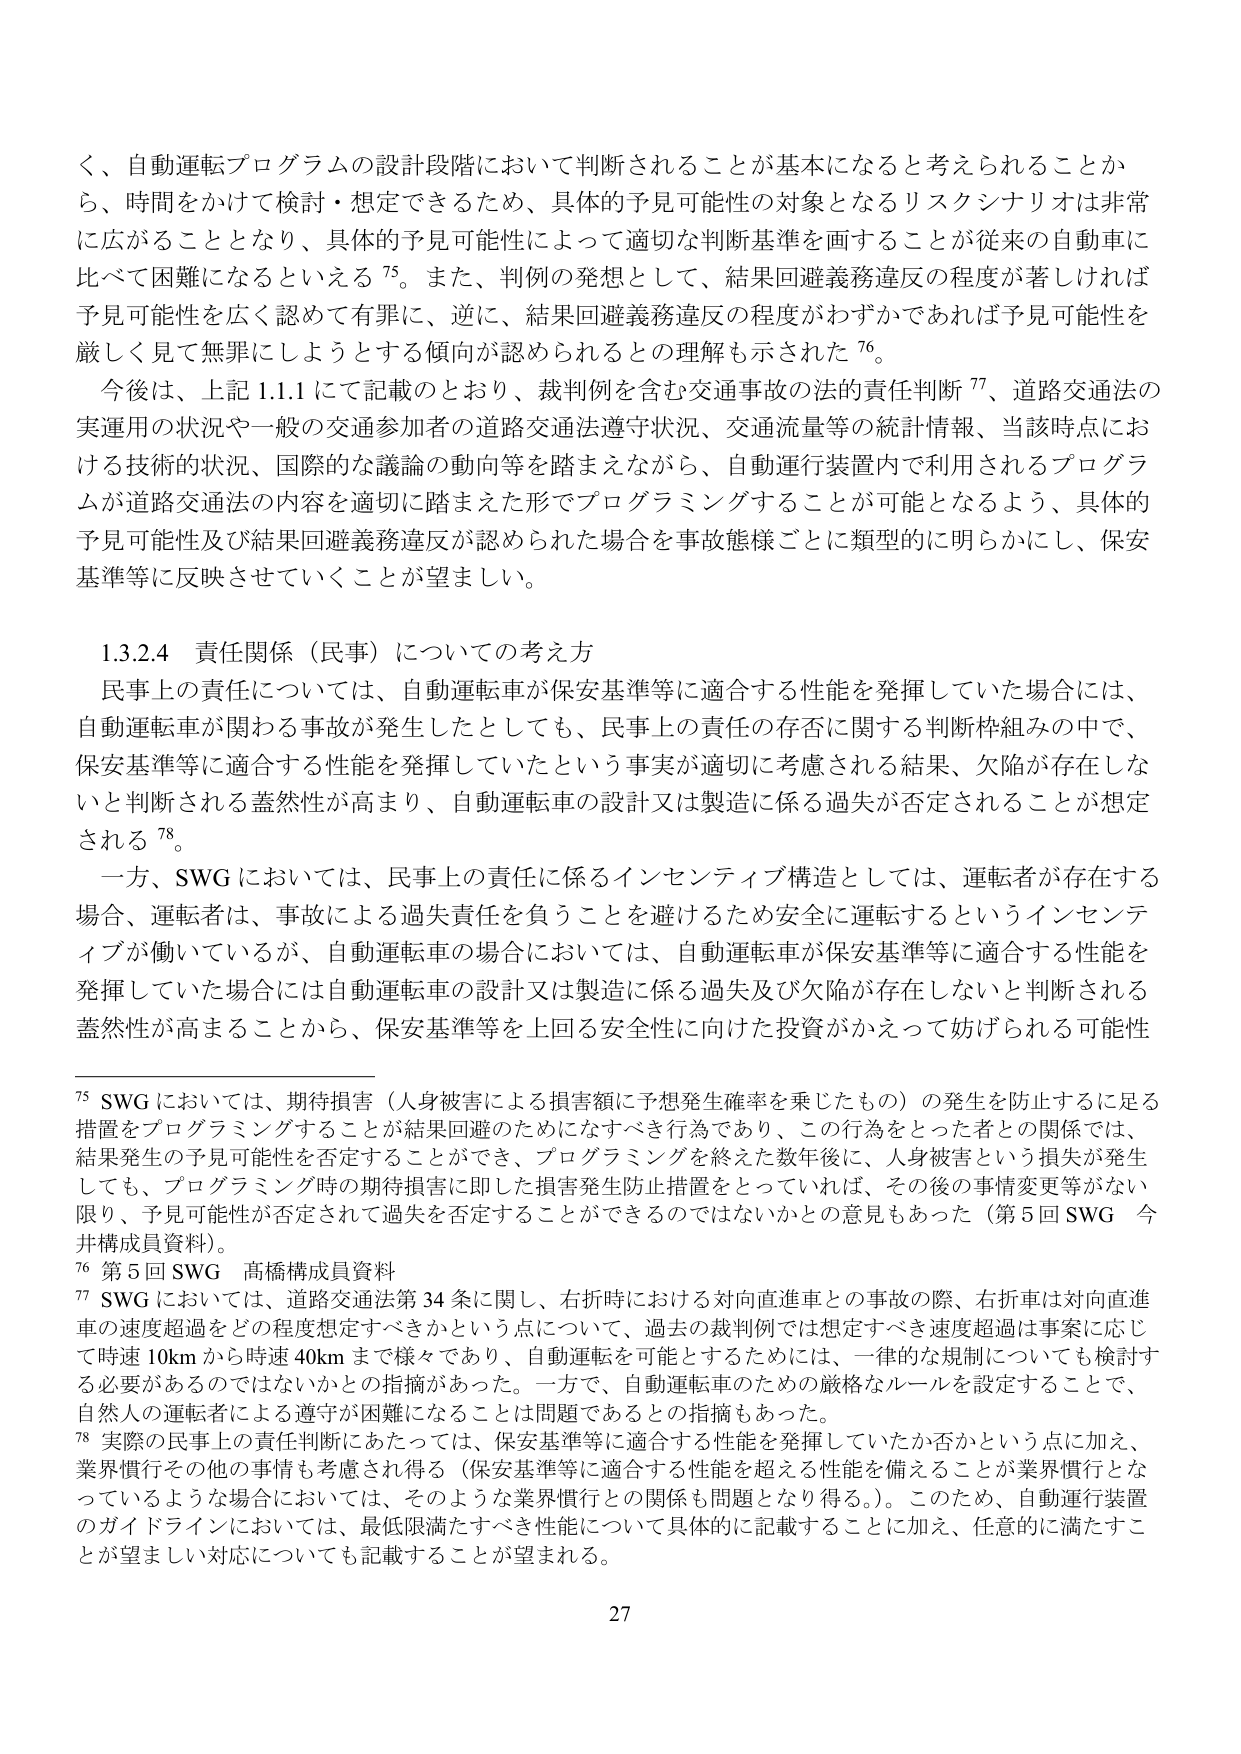
く、自動運転プログラムの設計段階において判断されることが基本になると考えられることか
ら、時間をかけて検討・想定できるため、具体的予見可能性の対象となるリスクシナリオは非常
に広がることとなり、具体的予見可能性によって適切な判断基準を画することが従来の自動車に
比べて困難になるといえる 75。また、判例の発想として、結果回避義務違反の程度が著しければ
予見可能性を広く認めて有罪に、逆に、結果回避義務違反の程度がわずかであれば予見可能性を
厳しく見て無罪にしようとする傾向が認められるとの理解も示された 76。
今後は、上記 1.1.1 にて記載のとおり、裁判例を含む交通事故の法的責任判断 77、道路交通法の
実運用の状況や一般の交通参加者の道路交通法遵守状況、交通流量等の統計情報、当該時点にお
ける技術的状況、国際的な議論の動向等を踏まえながら、自動運行装置内で利用されるプログラ
ムが道路交通法の内容を適切に踏まえた形でプログラミングすることが可能となるよう、具体的
予見可能性及び結果回避義務違反が認められた場合を事故態様ごとに類型的に明らかにし、保安
基準等に反映させていくことが望ましい。

1.3.2.4 責任関係（民事）についての考え方
民事上の責任については、自動運転車が保安基準等に適合する性能を発揮していた場合には、
自動運転車が関わる事故が発生したとしても、民事上の責任の存否に関する判断枠組みの中で、
保安基準等に適合する性能を発揮していたという事実が適切に考慮される結果、欠陥が存在しな
いと判断される蓋然性が高まり、自動運転車の設計又は製造に係る過失が否定されることが想定
される 78。
一方、SWG においては、民事上の責任に係るインセンティブ構造としては、運転者が存在する
場合、運転者は、事故による過失責任を負うことを避けるため安全に運転するというインセンテ
ィブが働いているが、自動運転車の場合においては、自動運転車が保安基準等に適合する性能を
発揮していた場合には自動運転車の設計又は製造に係る過失及び欠陥が存在しないと判断される
蓋然性が高まることから、保安基準等を上回る安全性に向けた投資がかえって妨げられる可能性

75 SWG においては、期待損害（人身被害による損害額に予想発生確率を乗じたもの）の発生を防止するに足る
措置をプログラミングすることが結果回避のためになすべき行為であり、この行為をとった者との関係では、
結果発生の予見可能性を否定することができ、プログラミングを終えた数年後に、人身被害という損失が発生
しても、プログラミング時の期待損害に即した損害発生防止措置をとっていれば、その後の事情変更等がない
限り、予見可能性が否定されて過失を否定することができるのではないかとの意見もあった（第5回 SWG 今
井構成員資料）。
76 第5回 SWG 高橋構成員資料
77 SWG においては、道路交通法第34条に関し、右折時における対向直進車との事故の際、右折車は対向直進
車の速度超過をどの程度想定すべきかという点について、過去の裁判例では想定すべき速度超過は事案に応じ
て時速10kmから時速40kmまで様々であり、自動運転を可能とするためには、一律的な規制についても検討す
る必要があるのではないかとの指摘があった。一方で、自動運転車のための厳格なルールを設定することで、
自然人の運転者による遵守が困難になることは問題であるとの指摘もあった。
78 実際の民事上の責任判断にあたっては、保安基準等に適合する性能を発揮していたか否かという点に加え、
業界慣行その他の事情も考慮され得る（保安基準等に適合する性能を超える性能を備えることが業界慣行とな
っているような場合においては、そのような業界慣行との関係も問題となり得る。）。このため、自動運行装置
のガイドラインにおいては、最低限満たすべき性能について具体的に記載することに加え、任意的に満たすこ
とが望ましい対応についても記載することが望まれる。

27